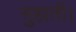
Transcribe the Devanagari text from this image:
सुहाती।